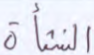
النشأة